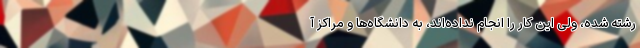
رشته شده، ولی این کار را انجام نداده‌اند، به دانشگاه‌ها و مراکز آ